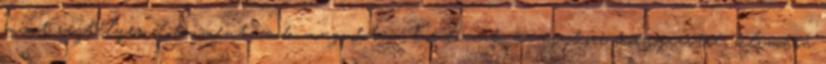
mint rejtélyes dokumentumok magukban hordozzák az egykori környezetre, klímára